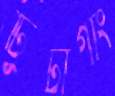
টিটাগাং